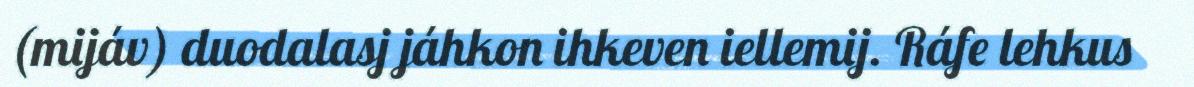
(mijáv) duodalasj jáhkon ihkeven iellemij. Ráfe lehkus